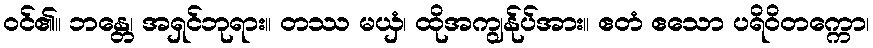
ဝင်၏။ ဘန္တေ၊ အရှင်ဘုရား။ တဿ မယှံ၊ ထိုအကျွန်ုပ်အား။ ဧတံ ဧသော ပရိဝိတက္ကော၊